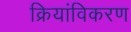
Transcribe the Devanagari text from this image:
क्रियांविकरण